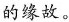
的缘故。